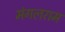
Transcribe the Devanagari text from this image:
मंगलराम